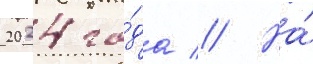
2024 го́да // На́